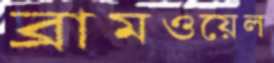
ব্রামওয়েল